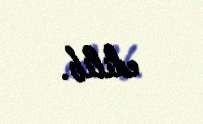
edilib.